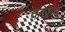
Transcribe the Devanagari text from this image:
कारुष